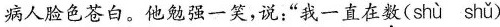
病人脸色苍白。他勉强一笑，说；”我一直在数( shù shǔ )